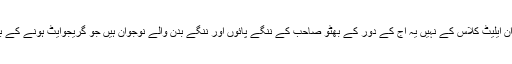
میری بات غور سے سنیں یہ نوجوان ایلیٹ کلاس کے نہیں یہ آج کے دور کے بھٹو صاحب کے ننگے پائوں اور ننگے بدن والے نوجوان ہیں جو گریجوایٹ ہونے کے باوجود بے روزگار اور محتاج ہیں۔